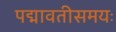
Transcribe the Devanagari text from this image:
पद्मावतीसमयः